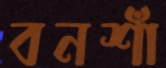
বনশাঁ